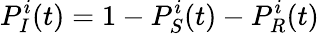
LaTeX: P_{I}^{i}(t)=1-P_{S}^{i}(t)-P_{R}^{i}(t)